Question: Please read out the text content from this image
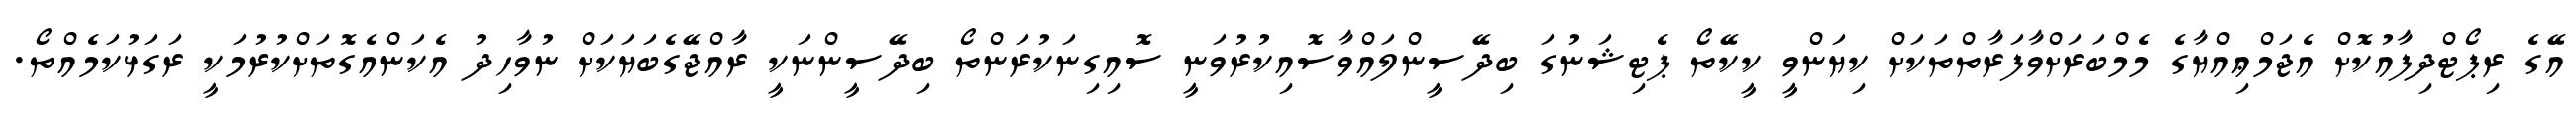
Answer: އޭގެ ރިޕޯޓްދިފާއުކޮށް އެޖަމްޢިއްޔާގެ މެމްބަރަށްވާފަރާތްތަކަށް ކިޔަންވީ ކީކޭތޯ ޕެޓިޝަނުގަ ބިދޭސީންލައްވާސޮއިކުރުވަނީ ސޮއިގިނަކުރަންތޯ ބިދޭސީންނަކީ ރާއްޖޭގެބަޔަކަށް ނުވާހިދު އެކަންއެގޮތަށްކުރުމަކީ ރަގަޅުކަމެއްތޯ.